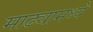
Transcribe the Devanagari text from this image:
माढ्यामध्ये